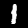
Label: 1